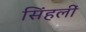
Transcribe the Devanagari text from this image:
सिंहलीं